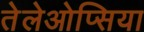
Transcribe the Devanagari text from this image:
तेलेओप्सिया